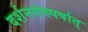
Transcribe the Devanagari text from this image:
दर्शनसंस्पर्षात्